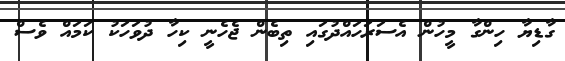
ގާޑިޔާ ހިންގާ މީހުން އެސަރަހައްދުގައި ތިބެން ޖެހެނީ ކިހާ ދުވަހަކު ކަމައް ވެސް